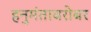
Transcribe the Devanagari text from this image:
हनुमंताबरोबर